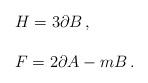
LaTeX: \begin{align*}\begin{array}{rcl}&& H=3\partial B\, ,\\ & & \\&& F = 2\partial A - mB\, .\\\end{array}\end{align*}